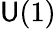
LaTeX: \mathsf{U}(1)